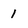
Character: 1